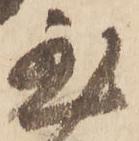
至